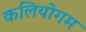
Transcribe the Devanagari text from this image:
कलियोगम